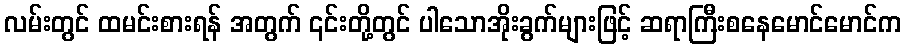
လမ်းတွင် ထမင်းစားရန် အတွက် ၎င်းတို့တွင် ပါသောအိုးခွက်များဖြင့် ဆရာကြီးစနေမောင်မောင်က